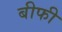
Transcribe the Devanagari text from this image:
बीफी